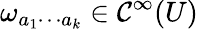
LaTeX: \omega_{a_{1}\cdots a_{k}}\in\mathcal{C}^{\infty}(U)